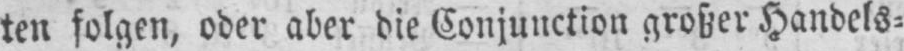
folgen, oder aber die Conjunction großer Handels⸗